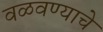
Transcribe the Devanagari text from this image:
वळवण्याचे